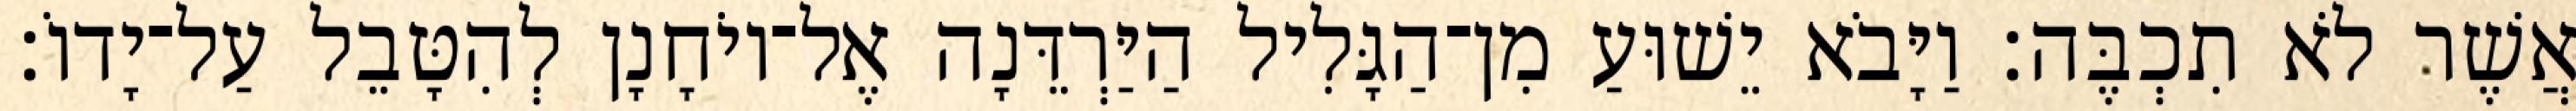
אֲשֶׁר לֹא תִכְבֶּה׃ וַיָּבֹא יֵשׁוּעַ מִן־הַגָּלִיל הַיַּרְדֵּנָה אֶל־יוֹחָנָן לְהִטָּבֵל עַל־יָדוֹ׃